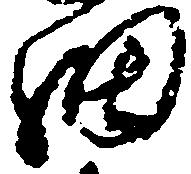
細